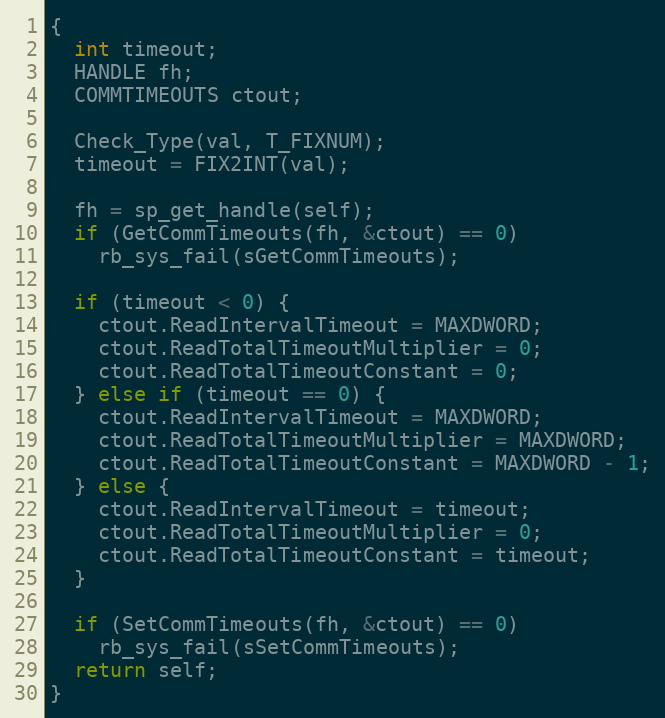
Language: C
{
  int timeout;
  HANDLE fh;
  COMMTIMEOUTS ctout;

  Check_Type(val, T_FIXNUM);
  timeout = FIX2INT(val);

  fh = sp_get_handle(self);
  if (GetCommTimeouts(fh, &ctout) == 0)
    rb_sys_fail(sGetCommTimeouts);

  if (timeout < 0) {
    ctout.ReadIntervalTimeout = MAXDWORD;
    ctout.ReadTotalTimeoutMultiplier = 0;
    ctout.ReadTotalTimeoutConstant = 0;
  } else if (timeout == 0) {
    ctout.ReadIntervalTimeout = MAXDWORD;
    ctout.ReadTotalTimeoutMultiplier = MAXDWORD;
    ctout.ReadTotalTimeoutConstant = MAXDWORD - 1;
  } else {
    ctout.ReadIntervalTimeout = timeout;
    ctout.ReadTotalTimeoutMultiplier = 0;
    ctout.ReadTotalTimeoutConstant = timeout;
  }

  if (SetCommTimeouts(fh, &ctout) == 0)
    rb_sys_fail(sSetCommTimeouts);
  return self;
}